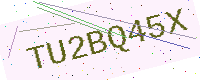
Text: TU2BQ45X